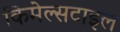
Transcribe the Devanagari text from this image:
किमेल्सटाइल